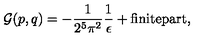
{ \cal G } ( p , q ) = - \frac { 1 } { 2 ^ { 5 } \pi ^ { 2 } } \frac { 1 } { \epsilon } + \mathrm { f i n i t e p a r t } ,